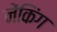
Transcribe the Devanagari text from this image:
नेंकिंग